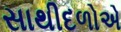
સાથીદળોએ